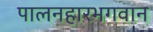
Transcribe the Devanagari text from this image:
पालनहारभगवान